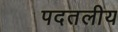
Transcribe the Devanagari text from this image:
पदतलीय